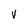
Character: V